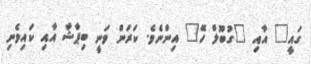
ގައީ" އާއި "ގުބޫލް ހޭ" އިންނެވެ. ކަރަން ވަނީ ބިޕާޝާ އާއި ކައިވެނި